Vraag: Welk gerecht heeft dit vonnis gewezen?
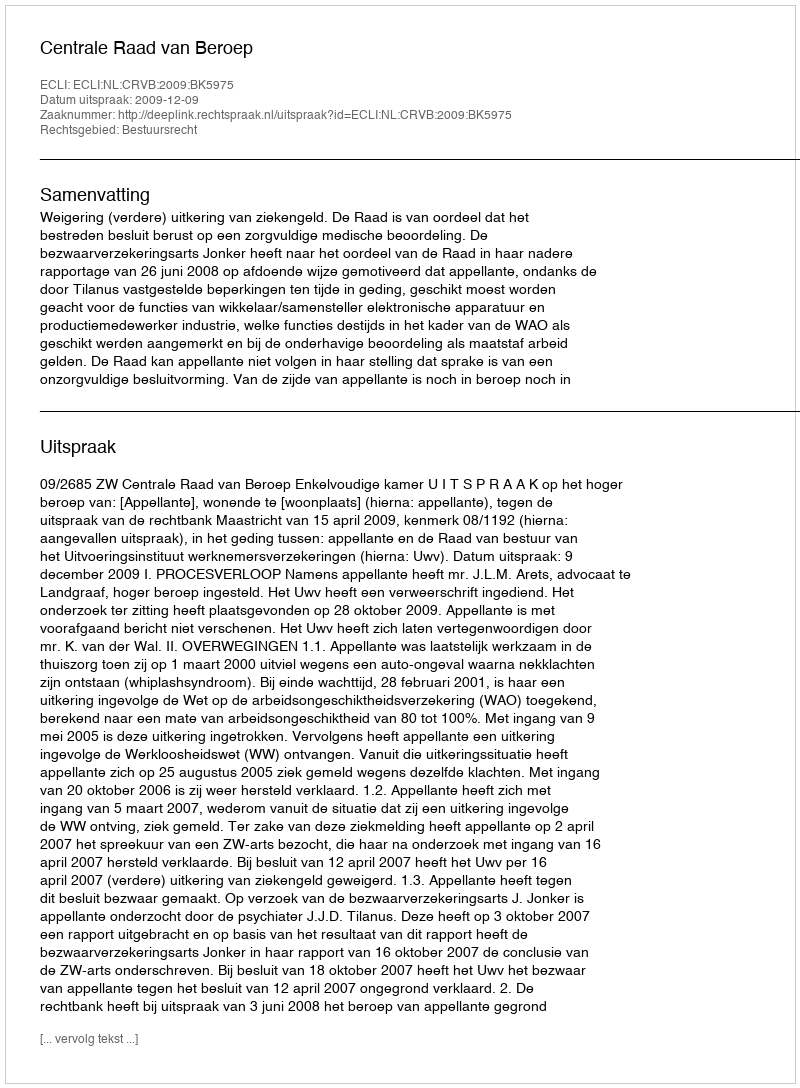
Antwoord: Centrale Raad van Beroep